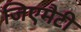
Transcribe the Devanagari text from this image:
जिएमैटी